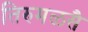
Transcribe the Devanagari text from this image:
तिरुमळसै